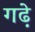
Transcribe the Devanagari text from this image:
गढे़